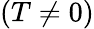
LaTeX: (T\neq 0)